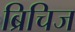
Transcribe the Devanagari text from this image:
ब्रिचिज